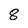
Character: 8